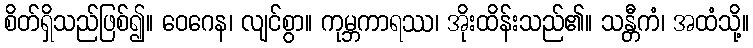
စိတ်ရှိသည်ဖြစ်၍။ ဝေဂေန၊ လျင်စွာ။ ကုမ္ဘကာရဿ၊ အိုးထိန်းသည်၏။ သန္တီကံ၊ အထံသို့။